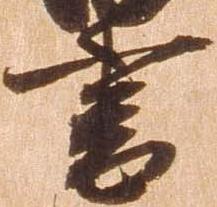
書